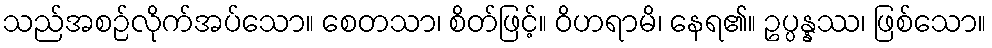
သည်အစဉ်လိုက်အပ်သော။ စေတသာ၊ စိတ်ဖြင့်။ ဝိဟရာမိ၊ နေရ၏။ ဥပ္ပန္နဿ၊ ဖြစ်သော။